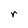
Character: r